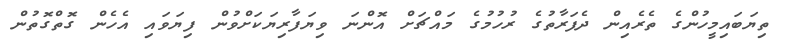
ތިޔަބައިމީހުންގެ ތެރެއިން ދެފަރާތުގެ ރުހުމުގެ މައްޗަށް އޮންނަ ވިޔަފާރިޔަކަށްވުން ފިޔަވައި އެހެން ގޮތްގޮތުން